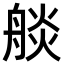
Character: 𦩗